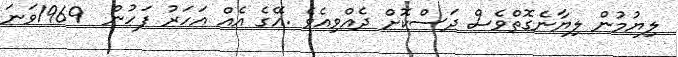
ލިޔުމުން ލިޔާނެގޮތްވެސް ދަސްކޮށް ދެއްވިއެވެ .އޭގެ އެއް އަހަރު ފަހުން  1969ވަނަ